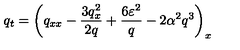
q _ { t } = \left( q _ { x x } - \frac { 3 q _ { x } ^ { 2 } } { 2 q } + \frac { 6 \varepsilon ^ { 2 } } { q } - 2 \alpha ^ { 2 } q ^ { 3 } \right) _ { x }